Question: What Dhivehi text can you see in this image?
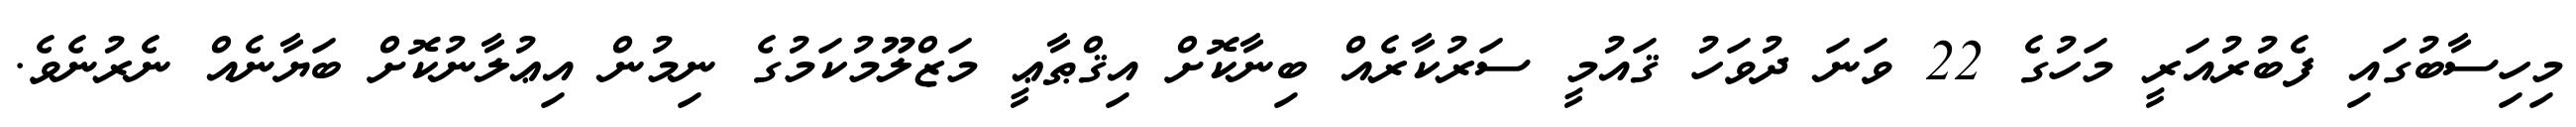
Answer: މިހިސާބުގައި ފެބުރުއަރީ މަހުގެ 22 ވަނަ ދުވަހު ޤައުމީ ސަރުކާރެއް ބިނާކޮށް އިޤްޠާޢީ މަޒްލޫމުކަމުގެ ނިމުން އިޢުލާނުކޮށް ބަޔާނެއް ނެރުނެވެ.